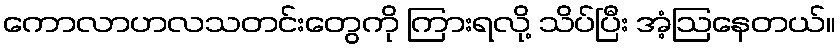
ကောလာဟလသတင်းတွေကို ကြားရလို့ သိပ်ပြီး အံ့ဩနေတယ်။